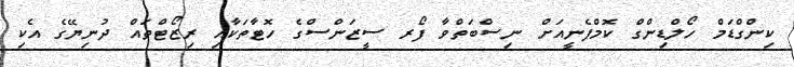
ކިންގްޑަމް ހޯލްޑިންގް ކޮމްޕެނީއަށް ނިސްބަތްވާ ފޯރ ސީޒަންސްގެ ހޮޓާތަކާއި ރިޒޯޓްތައް ދުނިޔޭގެ އެކި